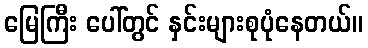
မြေကြီး ပေါ်တွင် နှင်းများစုပုံနေတယ်။